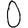
Digit: 0